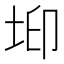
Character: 𡊶